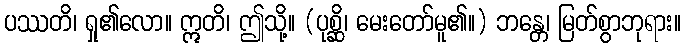
ပဿတိ၊ ရှု၏လော။ ဣတိ၊ ဤသို့။ (ပုစ္ဆိ၊ မေးတော်မူ၏။) ဘန္တေ၊ မြတ်စွာဘုရား။